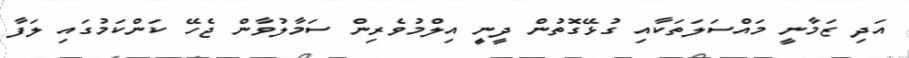
އަދި ޒަމާނީ މައްސަލަތަކާއި ގުޅޭގޮތުން ދީނިީ އިލްމުވެރިން ސަމާލުވާން ޖެހޭ ކަންކަމުގައި ލަފާ